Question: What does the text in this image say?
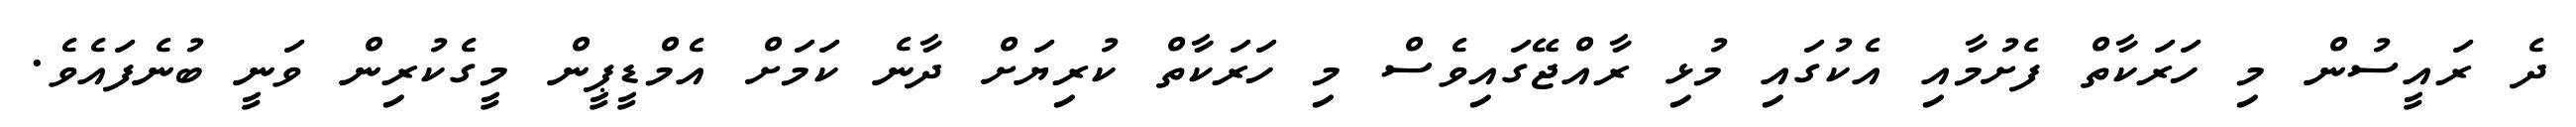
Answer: ދެ ރައީސުން މި ހަރަކާތް ފެށުމާއި އެކުގައި މުޅި ރާއްޖޭގައިވެސް މި ހަރަކާތް ކުރިޔަށް ދާނެ ކަމަށް އެމްޑީޕީން މީގެކުރިން ވަނީ ބުނެފައެވެ.